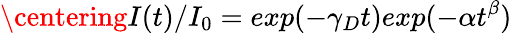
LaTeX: \centering I(t)/I_{0}=exp(-\gamma_{D}t)exp(-\alpha t^{\beta})